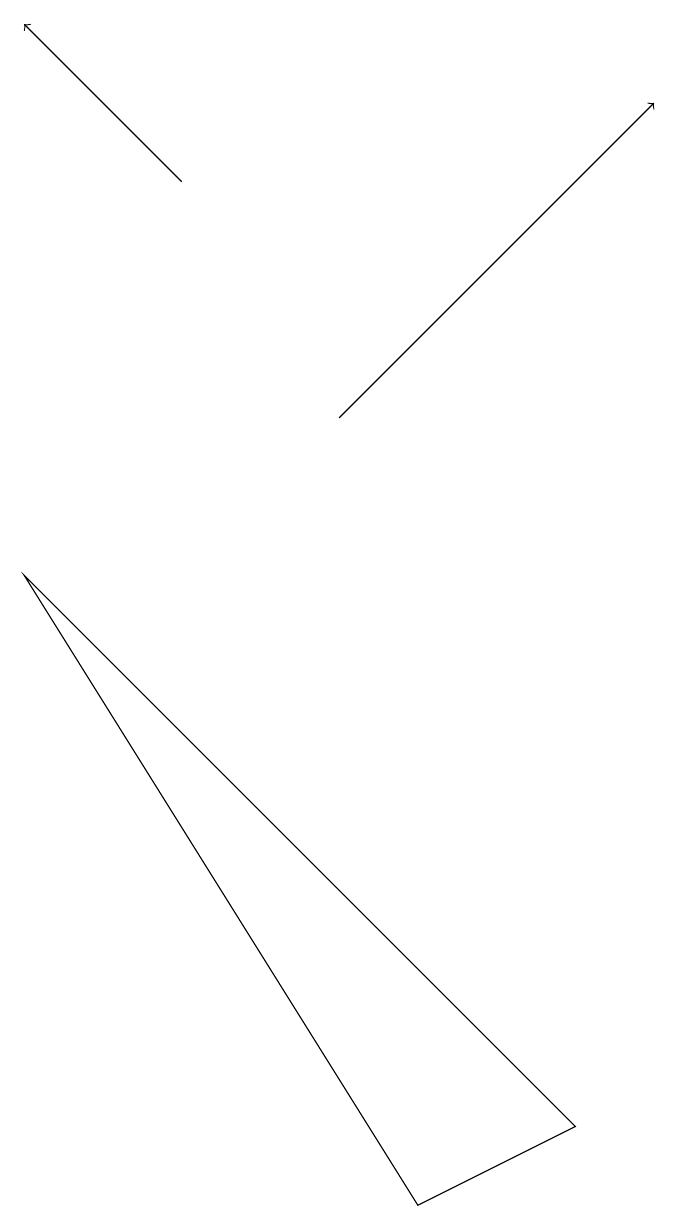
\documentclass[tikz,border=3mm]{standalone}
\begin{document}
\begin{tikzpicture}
\draw[->] (5,11) -- (9,15);
\draw[->] (3,14) -- (1,16);
\draw (1,9) -- (6,1) -- (8,2) -- cycle;
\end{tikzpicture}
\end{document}